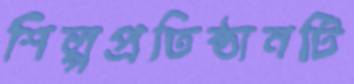
শিল্পপ্রতিষ্ঠানটি